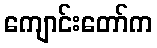
ကျောင်းတော်က